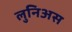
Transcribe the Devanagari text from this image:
लुनिअस